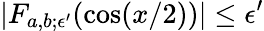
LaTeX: |F_{a,b;\epsilon^{\prime}}(\cos(x/2))|\le\epsilon^{\prime}